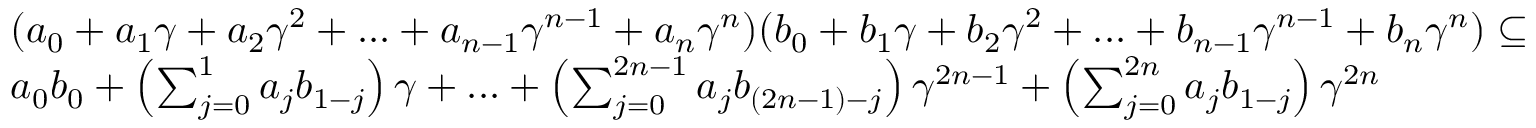
\begin{array} { r l } & { ( a _ { 0 } + a _ { 1 } \gamma + a _ { 2 } \gamma ^ { 2 } + . . . + a _ { n - 1 } \gamma ^ { n - 1 } + a _ { n } \gamma ^ { n } ) ( b _ { 0 } + b _ { 1 } \gamma + b _ { 2 } \gamma ^ { 2 } + . . . + b _ { n - 1 } \gamma ^ { n - 1 } + b _ { n } \gamma ^ { n } ) \subseteq } \\ & { a _ { 0 } b _ { 0 } + \left( \sum _ { j = 0 } ^ { 1 } a _ { j } b _ { 1 - j } \right) \gamma + . . . + \left( \sum _ { j = 0 } ^ { 2 n - 1 } a _ { j } b _ { ( 2 n - 1 ) - j } \right) \gamma ^ { 2 n - 1 } + \left( \sum _ { j = 0 } ^ { 2 n } a _ { j } b _ { 1 - j } \right) \gamma ^ { 2 n } } \end{array}